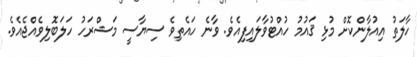
ހާލަތު އިއުލާންކޮށް މުޅި ޤައުމު ހުއްޓުވާލައިފިއެވެ. ވާނެ ހައެތިވެ ސިޔާސީ މަޝްރަހު ހަލަބޮލިވެއްޖެއެވެ.